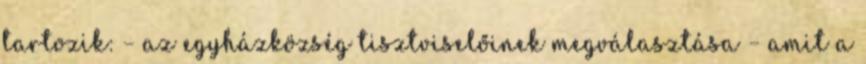
tartozik: – az egyházközség tisztviselőinek megválasztása – amit a